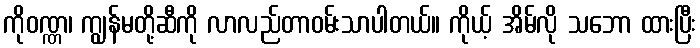
ကိုဝဏ္ဏ၊ ကျွန်မတို့ဆီကို လာလည်တာဝမ်းသာပါတယ်။ ကိုယ့် အိမ်လို သဘော ထားပြီး